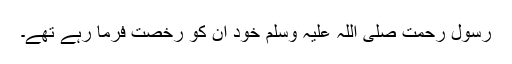
رسولِ رحمت صلی اللہ علیہ وسلم خود ان کو رخصت فرما رہے تھے۔